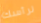
لرأسك